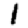
Digit: 1